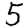
Digit: 5